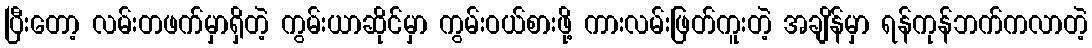
ပြီးတော့ လမ်းတဖက်မှာရှိတဲ့ ကွမ်းယာဆိုင်မှာ ကွမ်းဝယ်စားဖို့ ကားလမ်းဖြတ်ကူးတဲ့ အချိန်မှာ ရန်ကုန်ဘက်ကလာတဲ့